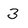
Character: 3